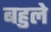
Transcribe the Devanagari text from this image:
बहुले